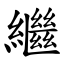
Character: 繼